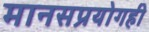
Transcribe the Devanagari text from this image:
मानसप्रयोगही